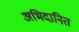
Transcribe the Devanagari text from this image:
अभिदानित